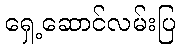
ရှေ့ဆောင်လမ်းပြ